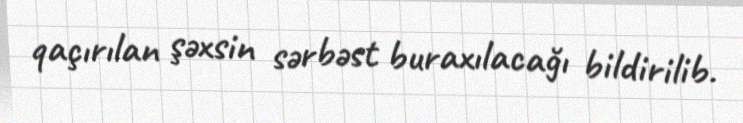
qaçırılan şəxsin sərbəst buraxılacağı bildirilib.